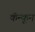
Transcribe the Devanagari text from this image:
कॅन्कून